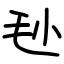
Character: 毜